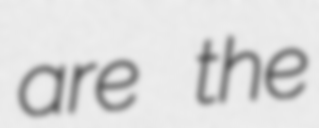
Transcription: are the